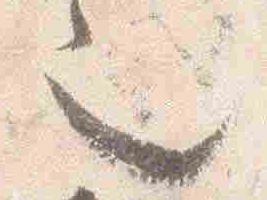
也